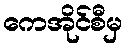
ကေအိုင်စီမှ